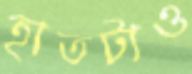
হাতটাও